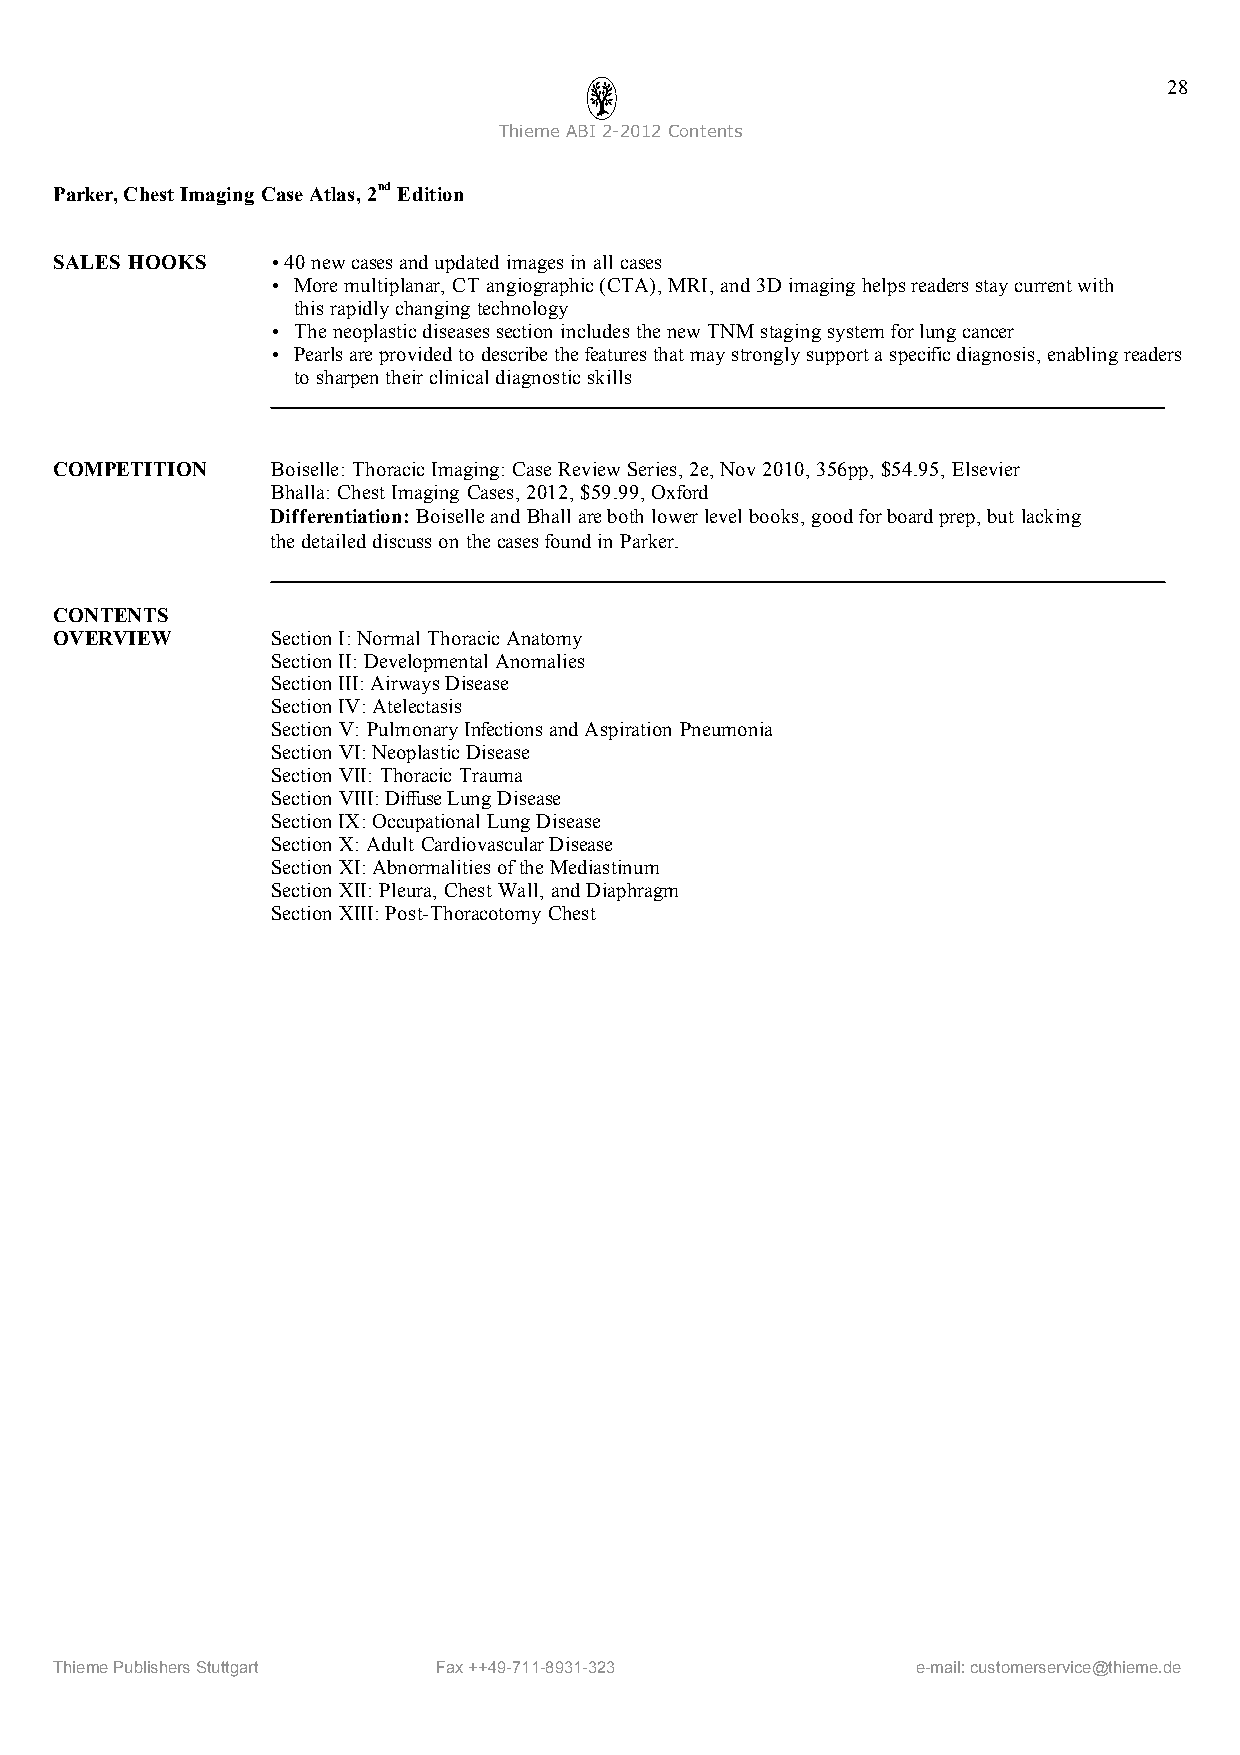
28
 ThiemeABI2-2012Contents
 Parker,ChestImaging CaseAtlas, 2ndEdition
 SALES HOOKS   •40 newcasesandupdated imagesin allcases
 • Moremultiplanar, CT angiographic(CTA), MRI,and 3Dimaging helpsreadersstaycurrentwith
 thisrapidlychanging technology
 • Theneoplasticdiseasessection includesthenew TNM staging systemforlungcancer
 • Pearlsareprovidedto describethefeaturesthat may stronglysupportaspecificdiagnosis,enablingreaders
 to sharpentheirclinicaldiagnosticskills
 COMPETITION   Boiselle: ThoracicImaging: CaseReviewSeries, 2e,Nov 2010,356pp, $54.95, Elsevier
 Bhalla: ChestImaging Cases, 2012, $59.99, Oxford
 Differentiation: Boiselleand Bhallareboth lowerlevelbooks, goodforboardprep,but lacking
 thedetaileddiscusson thecasesfoundin Parker.
 CONTENTS
 OVERVIEW      SectionI:Normal ThoracicAnatomy
 SectionII:DevelopmentalAnomalies
 SectionIII:AirwaysDisease
 SectionIV:Atelectasis
 Section V: PulmonaryInfectionsandAspiration Pneumonia
 Section VI:NeoplasticDisease
 Section VII: Thoracic Trauma
 Section VIII:DiffuseLungDisease
 SectionIX:OccupationalLungDisease
 Section X:Adult CardiovascularDisease
 Section XI:AbnormalitiesoftheMediastinum
 Section XII: Pleura, Chest Wall, andDiaphragm
 Section XIII:Post-Thoracotomy Chest
 ThiemePublishersStuttgart Fax++49-711-8931-323           e-mail:customerservice@thieme.de